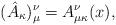
LaTeX: \begin{align*}(\hat{A}_{\kappa} )_{\mu}^{\nu} = A_{\mu \kappa}^{\nu}(x),\end{align*}